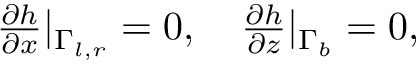
\begin{array} { r } { \frac { \partial h } { \partial x } | _ { \Gamma _ { l , r } } = 0 , \quad \frac { \partial h } { \partial z } | _ { \Gamma _ { b } } = 0 , } \end{array}